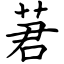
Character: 莙